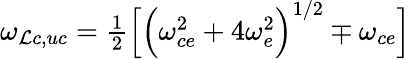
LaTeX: \omega_{\mathcal{L}c,uc}=\textstyle{\frac{{1}}{{2}}}\Big[\Big(\omega_{ce}^{2}+4\omega_{e}^{2}\Big)^{1/2}\mp\omega_{ce}\Big]